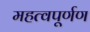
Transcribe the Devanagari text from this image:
महत्वपूर्णण